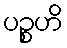
ပဉ္စဟိ